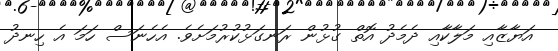
އަޔާޒާއި މަލާކާއި ދެމެދު އޮތް ގުޅުން ރަނގަޅުކުރުމަށެވެ. އެހެނަސް ހަމަ އެ ހިނދު